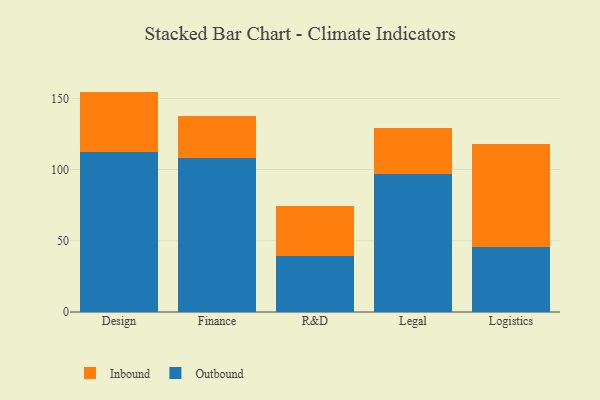
{"axis": {"x": "Department", "y": "Satisfaction Score"}, "legend": ["Inbound", "Outbound"], "data": [{"x": "Design", "y": 112.4, "type": "Outbound"}, {"x": "Design", "y": 42.3, "type": "Inbound"}, {"x": "Finance", "y": 107.9, "type": "Outbound"}, {"x": "Finance", "y": 29.6, "type": "Inbound"}, {"x": "R&D", "y": 39.0, "type": "Outbound"}, {"x": "R&D", "y": 35.5, "type": "Inbound"}, {"x": "Legal", "y": 97.2, "type": "Outbound"}, {"x": "Legal", "y": 31.8, "type": "Inbound"}, {"x": "Logistics", "y": 45.6, "type": "Outbound"}, {"x": "Logistics", "y": 72.0, "type": "Inbound"}]}